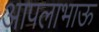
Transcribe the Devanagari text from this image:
आपलाभाऊ